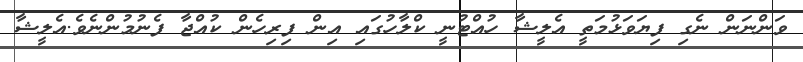
ވަންނަން ނެގި ފިޔަވަޅުމަތީ އެލީޝާ ހުއްޓުނީ ކްލާހުގައި އިން ފިރިހެން ކުއްޖާ ފެނުމުންނެވެ.އެލީޝާ